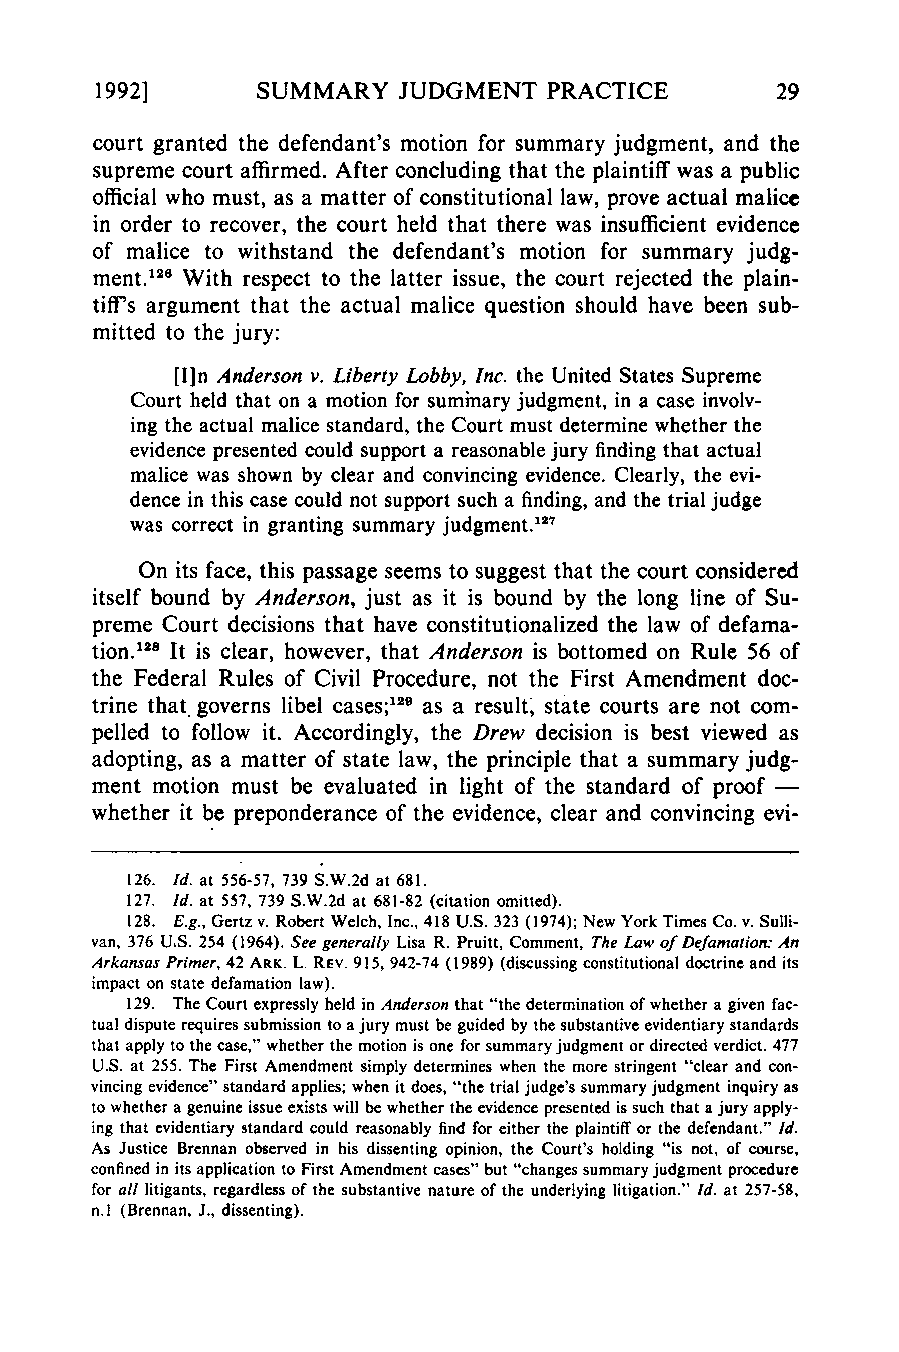
1992]      SUMMARY  JUDGMENT  PRACTICE
 court granted the defendant's motion for summary judgment, and the
 supreme court affirmed. After concluding that the plaintiff was a public
 official who must, as a matter of constitutional law, prove actual malice
 in order to recover, the court held that there was insufficient evidence
 of malice to withstand the defendant's motion for summary judg-
 ment.12 With respect to the latter issue, the court rejected the plain-
 tiff's argument that the actual malice question should have been sub-
 mitted to the jury:
 [I]n Anderson v. Liberty Lobby, Inc. the United States Supreme
 Court held that on a motion for suminary judgment, in a case involv-
 ing the actual malice standard, the Court must determine whether the
 evidence presented could support a reasonable jury finding that actual
 malice was shown by clear and convincing evidence. Clearly, the evi-
 dence in this case could not support such a finding, and the trial judge
 was correct in granting summary judgment.17
 On its face, this passage seems to suggest that the court considered
 itself bound by Anderson, just as it is bound by the long line of Su-
 preme Court decisions that have constitutionalized the law of defama-
 tion.128 It is clear, however, that Anderson is bottomed on Rule 56 of
 the Federal Rules of Civil Procedure, not the First Amendment doc-
 trine that. governs libel cases;2 9 as a result, state courts are not com-
 pelled to follow it. Accordingly, the Drew decision is best viewed as
 adopting, as a matter of state law, the principle that a summary judg-
 ment motion must be evaluated in light of the standard of proof -
 whether it be preponderance of the evidence, clear and convincing evi-
 126. Id. at 556-57, 739 S.W.2d at 681.
 127. Id. at 557, 739 S.W.2d at 681-82 (citation omitted).
 128. E.g., Gertz v. Robert Welch, Inc., 418 U.S. 323 (1974); New York Times Co. v. Sulli-
 van, 376 U.S. 254 (1964). See generally Lisa R. Pruitt, Comment, The Law of Defamation: An
 Arkansas Primer,4 2 ARK. L. REV. 915, 942-74 (1989) (discussing constitutional doctrine and its
 impact on state defamation law).
 129. The Court expressly held in Anderson that "the determination of whether a given fac-
 tual dispute requires submission to a jury must be guided by the substantive evidentiary standards
 that apply to the case," whether the motion is one for summary judgment or directed verdict. 477
 U.S. at 255. The First Amendment simply determines when the more stringent "clear and con-
 vincing evidence" standard applies; when it does, "the trial judge's summary judgment inquiry as
 to whether a genuine issue exists will be whether the evidence presented is such that a jury apply-
 ing that evidentiary standard could reasonably find for either the plaintiff or the defendant." Id.
 As Justice Brennan observed in his dissenting opinion, the Court's holding "is not, of course,
 confined in its application to First Amendment cases" but "changes summary judgment procedure
 for all litigants, regardless of the substantive nature of the underlying litigation." Id. at 257-58,
 n.l (Brennan, J., dissenting).